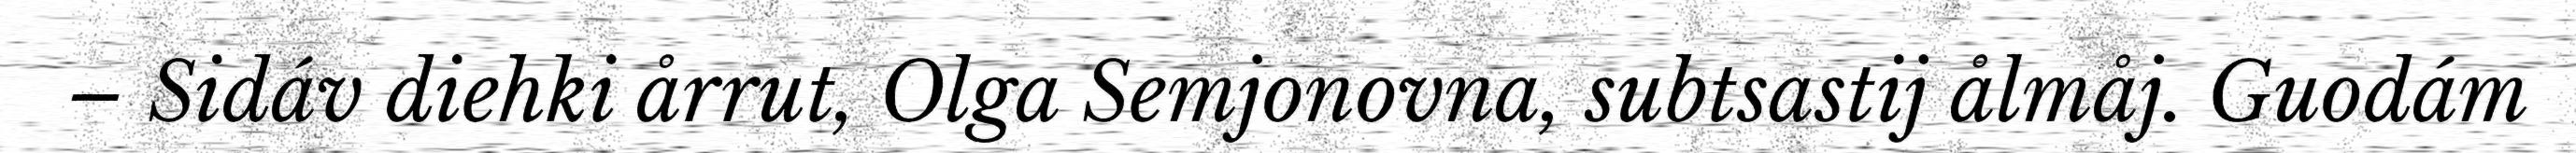
– Sidáv diehki årrut, Olga Semjonovna, subtsastij ålmåj. Guodám